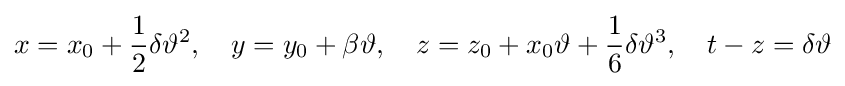
x=x_{0}+{\frac {1}{2}}\delta \vartheta ^{2},\quad y=y_{0}+\beta \vartheta ,\quad z=z_{0}+x_{0}\vartheta +{\frac {1}{6}}\delta \vartheta ^{3},\quad t-z=\delta \vartheta